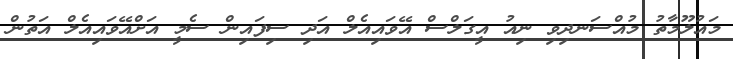
މައުލޫމާތު މުއްސަނދިވި ނިއު އީގަލްސް އޭވައިއެލް އަދި ސިފައިން ސެމީ އަށްއޭވައިއެލް އަތުން